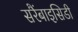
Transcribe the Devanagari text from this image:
सरैंबाइसिडी